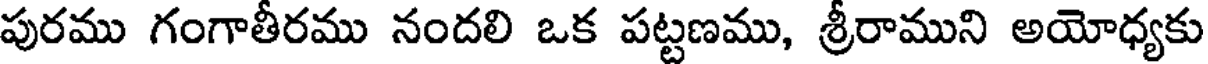
పురము గంగాతీరము నందలి ఒక పట్టణము, శ్రీరాముని అయోధ్యకు